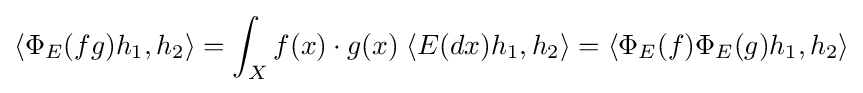
\langle \Phi _{E}(fg)h_{1},h_{2}\rangle =\int _{X}f(x)\cdot g(x)\;\langle E(dx)h_{1},h_{2}\rangle =\langle \Phi _{E}(f)\Phi _{E}(g)h_{1},h_{2}\rangle